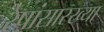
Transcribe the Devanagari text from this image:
रेषांसारख्या